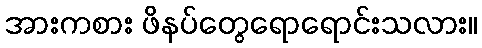
အားကစား ဖိနပ်တွေရောရောင်းသလား။